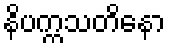
နိပက္ကသတိနော